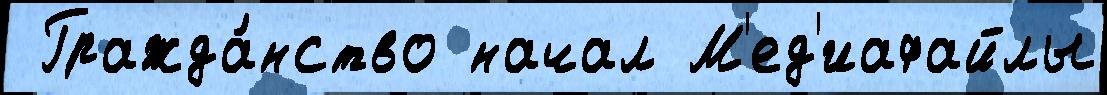
 Гражда́нство начал М'ед'иафайлы